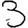
Digit: 3